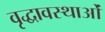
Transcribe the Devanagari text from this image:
वृद्धावस्थाओं